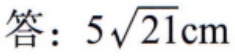
答：\(5\sqrt{21}\mathrm{cm}\)